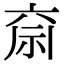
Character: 𮁶